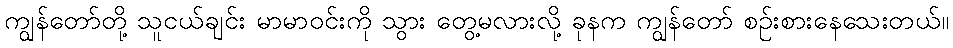
ကျွန်တော်တို့ သူငယ်ချင်း မာမာဝင်းကို သွား တွေ့မလားလို့ ခုနက ကျွန်တော် စဉ်းစားနေသေးတယ်။